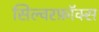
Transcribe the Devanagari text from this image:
सिल्वरफ़ॉक्स